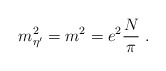
\begin{align*}m^2_{\eta^\prime} = m^2 = e^2\frac{N}{\pi} \; .\end{align*}